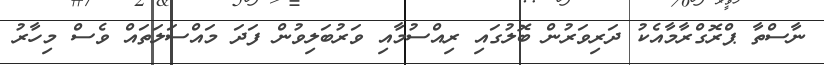
ނާސްތާ ޕްރޮގްރާމާއެކު ދަރިވަރުން ބޮލުގައި ރިއްސުމާއި ވަރުބަލިވުން ފަދަ މައްސަލަތައް ވެސް މިހާރު